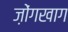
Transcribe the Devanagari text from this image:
ज़ोंगखाग